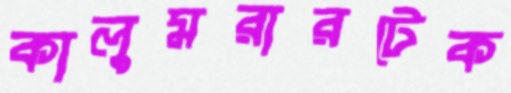
কালুমরারটেক